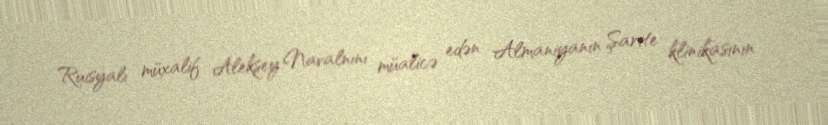
Ruisyalı müxalif Aleksey Navalnını müalicə edən Almaniyanın Şarite klinikasının